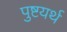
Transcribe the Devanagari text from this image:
पुष्टयर्थ